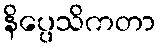
နိပ္ပေသိကတာ